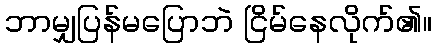
ဘာမျှပြန်မပြောဘဲ ငြိမ်နေလိုက်၏။